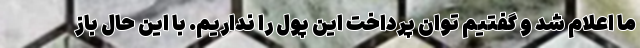
ما اعلام شد و گفتیم توان پرداخت این پول را نداریم. با این حال باز